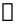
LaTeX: \boldsymbol{\mathscr{e}}